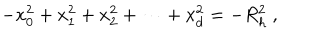
- x _ { 0 } ^ { 2 } + x _ { 1 } ^ { 2 } + x _ { 2 } ^ { 2 } + \cdots + x _ { d } ^ { 2 } = - R _ { h } ^ { 2 } \ ,